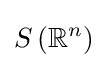
S\left(\mathbb {R} ^{n}\right)